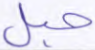
حبل